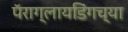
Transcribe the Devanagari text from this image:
पॅराग्लायडिंगच्या